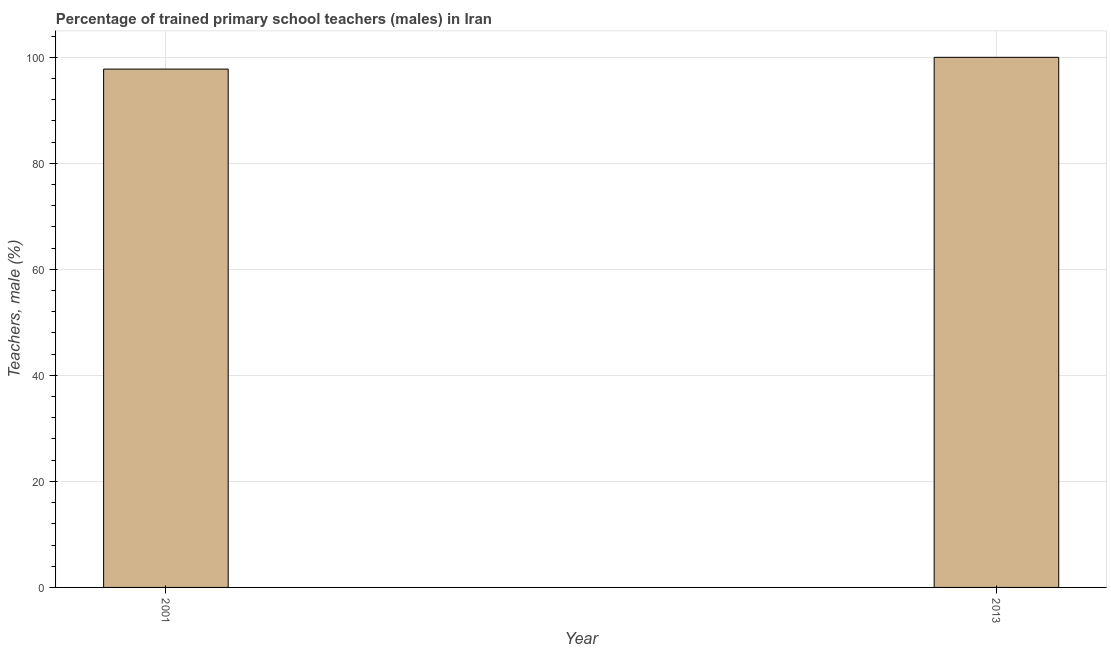
| Year | Trained teachers male |
 | --- | --- |
 | 2001 | 97.8 |
 | 2013 | 100 |